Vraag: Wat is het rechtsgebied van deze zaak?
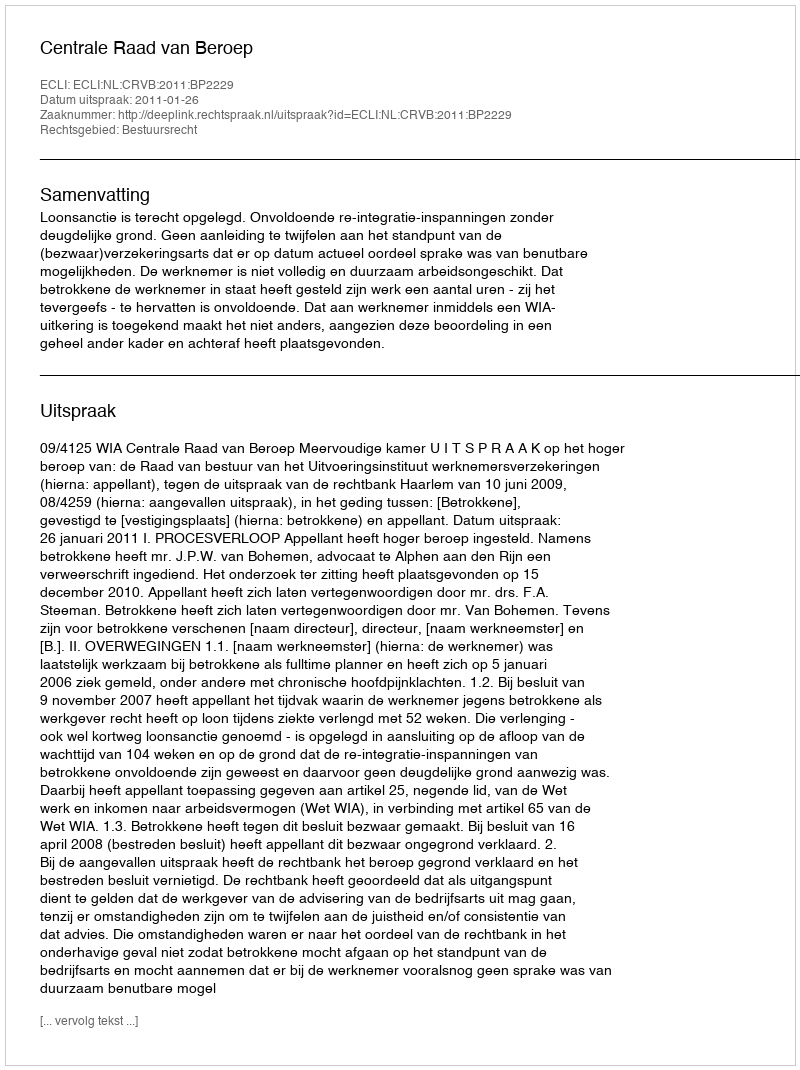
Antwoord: Bestuursrecht